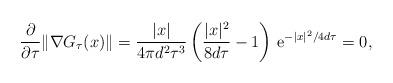
LaTeX: \begin{align*} \dfrac{\partial}{\partial\tau}\|\nabla G_\tau(x)\|=\dfrac{|x|}{4\pi d^2 \tau^3}\left(\dfrac{|x|^2}{8d\tau}-1\right)\,\mathrm{e}^{-|x|^2/4d\tau} =0, \end{align*}